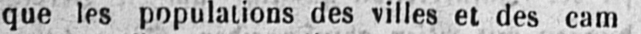
que les populations des villes et des cam